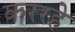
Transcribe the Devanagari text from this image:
कररहे